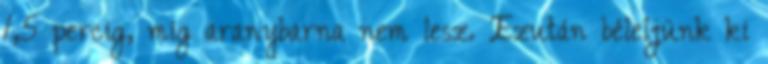
1,5 percig, míg aranybarna nem lesz. Ezután béleljünk ki